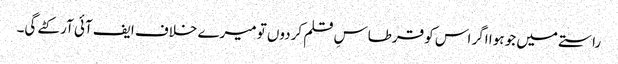
راستے میں جو ہوا اگر اس کو قرطاسِ قلم کردوں تو میرے خلاف ایف آئی آر کٹے گی۔